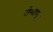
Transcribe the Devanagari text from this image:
रोगाणू